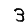
Digit: 3